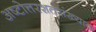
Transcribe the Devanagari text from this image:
अष्टोत्तरशतसंख्याक